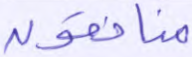
منافقون